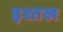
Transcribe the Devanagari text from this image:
इश्तख